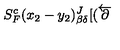
S _ { F } ^ { c } ( x _ { 2 } - y _ { 2 } ) _ { \beta \delta } ^ { J } [ ( \overleftarrow { { \bf \partial } }